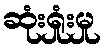
ဆုံးရှုံးမှု